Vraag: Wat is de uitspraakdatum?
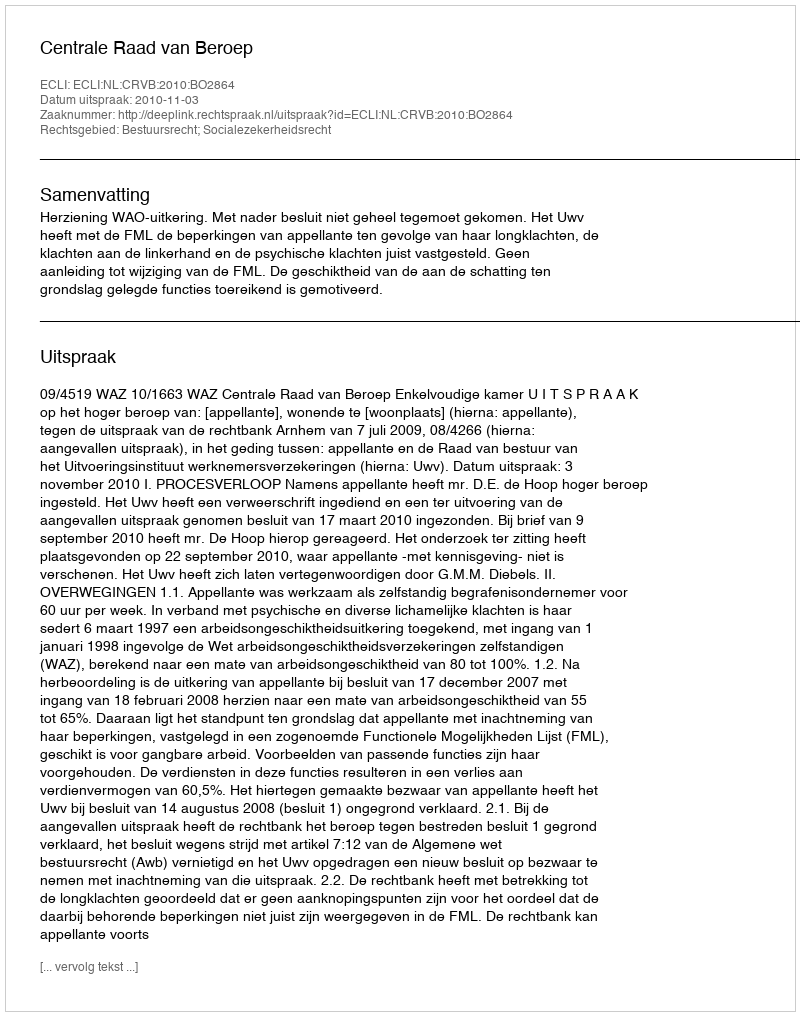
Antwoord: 2010-11-03